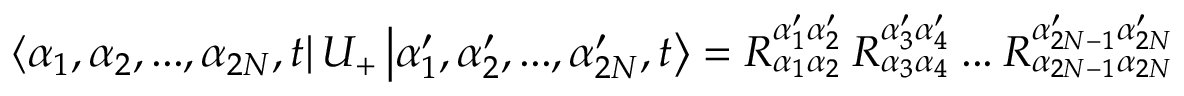
\left\langle \alpha _ { 1 } , \alpha _ { 2 } , . . . , \alpha _ { 2 N } , t \right| U _ { + } \left| \alpha _ { 1 } ^ { \prime } , \alpha _ { 2 } ^ { \prime } , . . . , \alpha _ { 2 N } ^ { \prime } , t \right\rangle = R _ { \alpha _ { 1 } \alpha _ { 2 } } ^ { \alpha _ { 1 } ^ { \prime } \alpha _ { 2 } ^ { \prime } } \: R _ { \alpha _ { 3 } \alpha _ { 4 } } ^ { \alpha _ { 3 } ^ { \prime } \alpha _ { 4 } ^ { \prime } } \: . . . \: R _ { \alpha _ { 2 N - 1 } \alpha _ { 2 N } } ^ { \alpha _ { 2 N - 1 } ^ { \prime } \alpha _ { 2 N } ^ { \prime } }